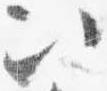
以